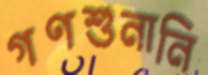
গণশুনানি